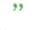
"